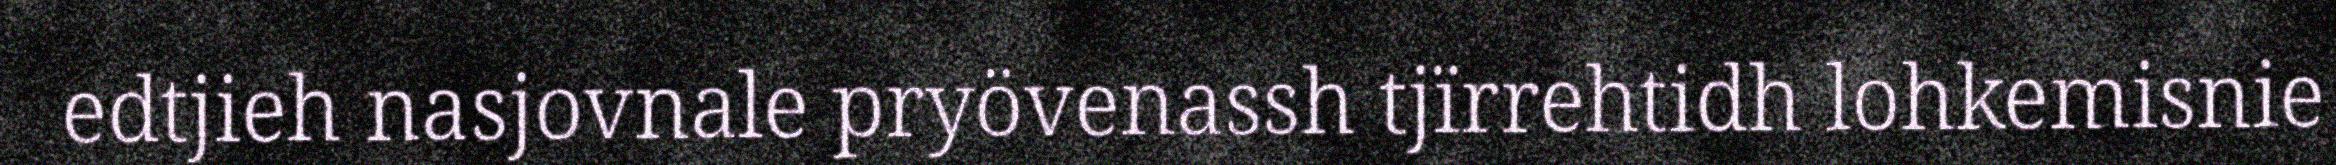
edtjieh nasjovnale pryövenassh tjïrrehtidh lohkemisnie